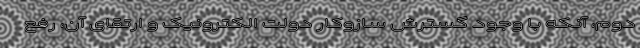
دوم، آنکه با وجود گسترش ساز‌و‌کار دولت الکترونیک و ارتقای آن، رفع